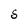
Character: S